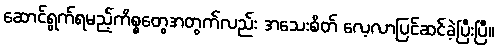
ဆောင်ရွက်ရမည့်ကိစ္စတွေအတွက်လည်း အသေးစိတ် လေ့လာပြင်ဆင်ခဲ့ပြီးပြီ။